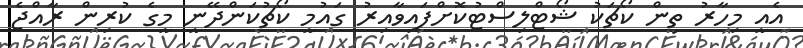
އެއީ މިހާރު ތިން ކޯޗަކު ޝޯޓްލިސްޓުކޮށްފައިވާއިރު ގައުމީ ކޯޗުކަންދޭނީ މީގެ ކުރިން ރާއްޖެ